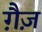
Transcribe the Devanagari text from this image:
ग़ैज़